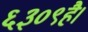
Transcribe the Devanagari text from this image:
६३०९है।